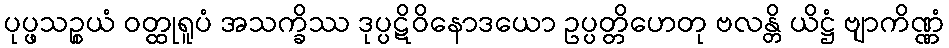
ပုပ္ဖသဉ္စယံ ဝတ္ထုရူပံ အသက္ခိဿ ဒုပ္ပဋိဝိနောဒယော ဥပ္ပတ္တိဟေတု ဗလန္တိ ယိဋ္ဌံ ဗျာကိဏ္ဏံ